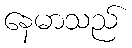
နေမာသည်